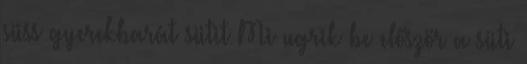
süss gyerekbarát sütit Mi ugrik be először a süti